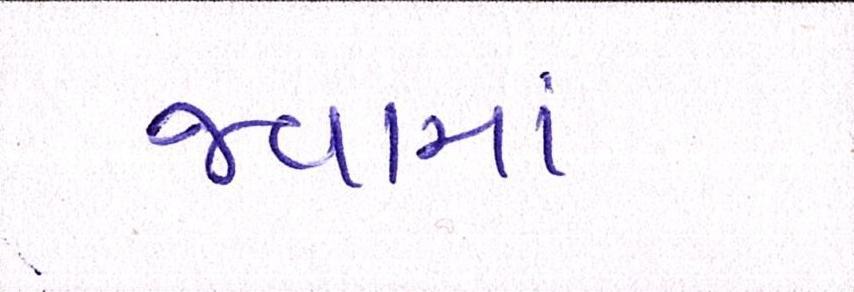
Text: જવામાં